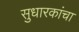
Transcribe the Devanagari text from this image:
सुधारकांचा